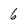
Character: 6